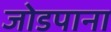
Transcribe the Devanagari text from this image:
जोडपाना